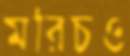
মরিচও